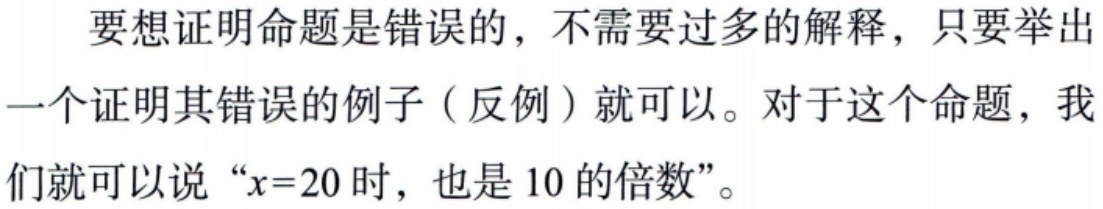
要想证明命题是错误的，不需要过多的解释，只要举出一个证明其错误的例子（反例）就可以。对于这个命题，我们就可以说 “\(x = 20\) 时，也是 \(10\) 的倍数”。